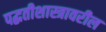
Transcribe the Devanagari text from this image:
पद्धतीशास्त्रावरील